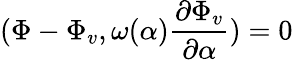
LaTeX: (\Phi-\Phi_{v},\omega(\alpha){\frac{\partial\Phi_{v}}{\partial\alpha}})=0